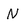
Character: N